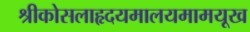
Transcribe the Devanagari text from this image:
श्रीकोसलाहृदयमालयमामयूख